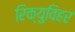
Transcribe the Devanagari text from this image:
रिक्युविहर